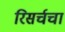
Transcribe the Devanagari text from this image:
रिसर्चचा